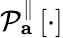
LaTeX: \mathcal{P}_{\mathbf{a}}^{\parallel}\left[\cdot\right]